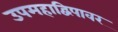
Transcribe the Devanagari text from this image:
उपमहाद्विपावर